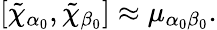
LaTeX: \left[\tilde{\chi}_{\alpha_{0}},\tilde{\chi}_{\beta_{0}}\right]\approx\mu_{\alpha_{0}\beta_{0}}.